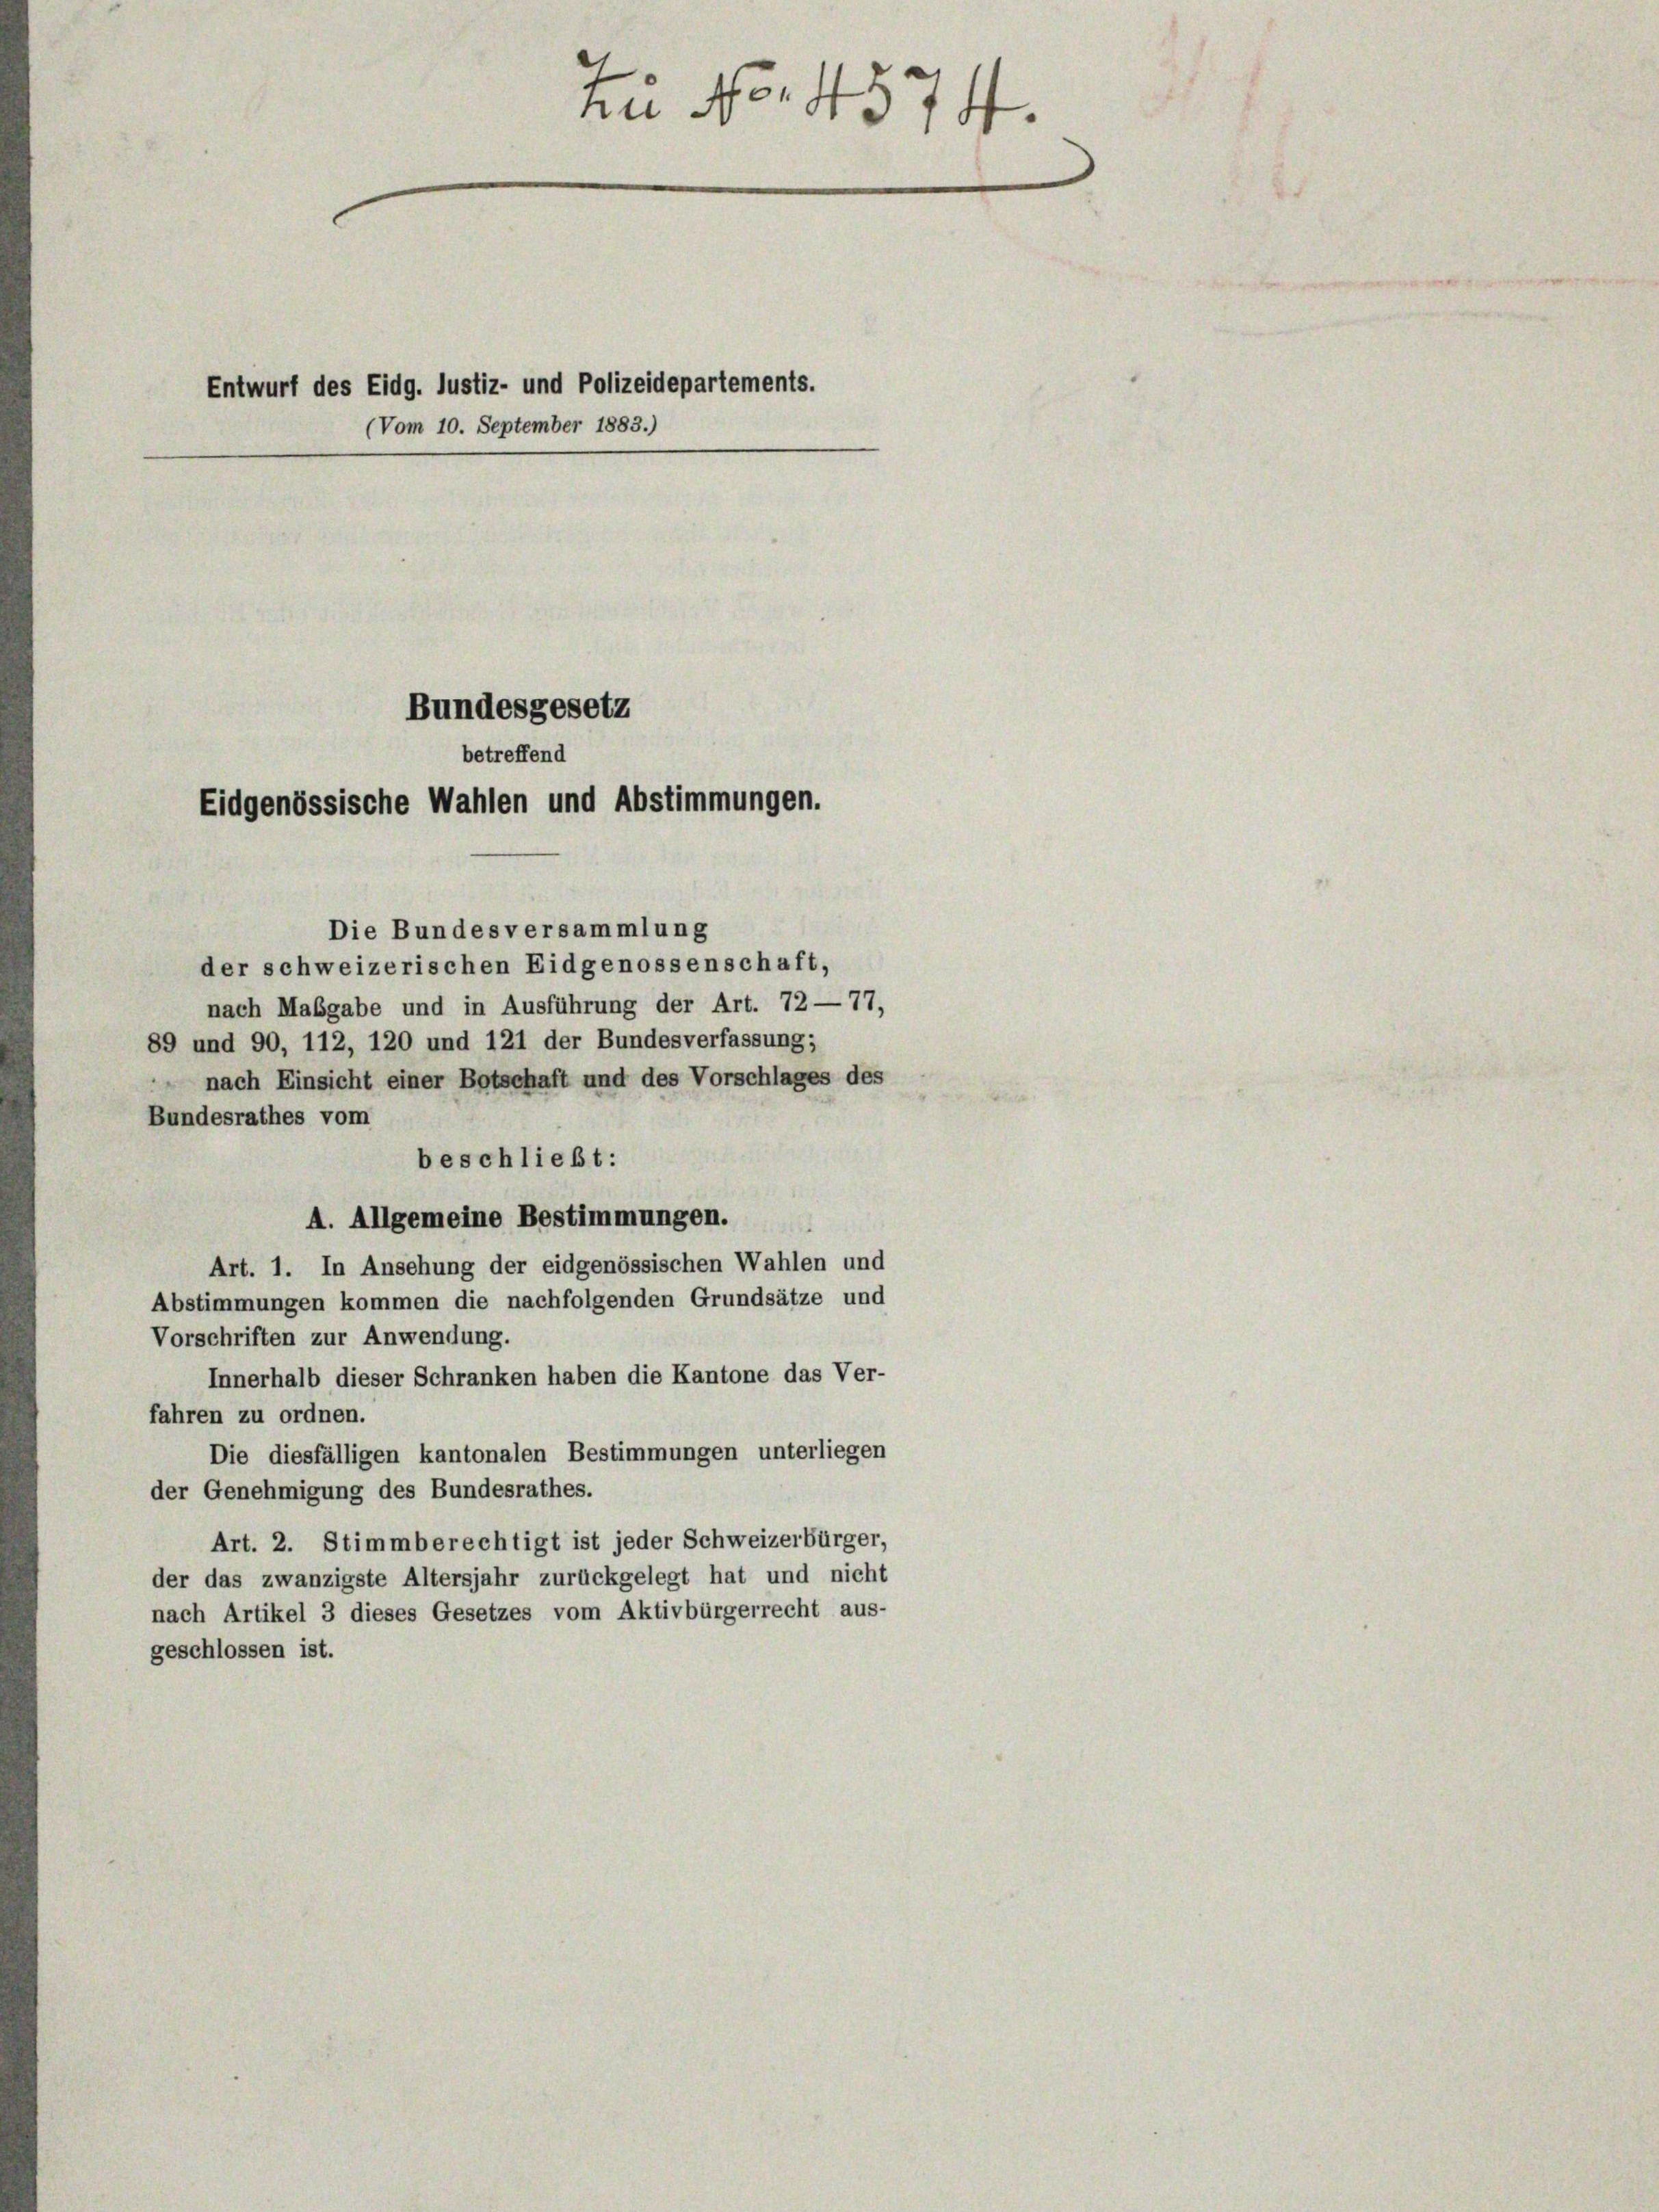
Entwurf des Eidg. Justiz- und Polizeidepartements.
(Vom 10. September 1883.)
Bundesgesetz
betreffend
Eidgenössische Wahlen und Abstimmungen.

Zu No. 4574.

Die Bundesversammlung
der schweizerischen Eidgenossenschaft,
nach Mabgabe und in Ausführung der Art. 72—77,
89 und 90, 112, 120 und 121 der Bundesverfassung;
 nach Einsicht einer Botschaft und des Vorschlages des
Bundesrathes vom
beschließt:
A. Allgemeine Bestimmungen.
Art. 1. In Ansehung der eidgenössischen Wahlen und
Abstimmungen kommen die nachfolgenden Grundsätze und
Vorschriften zur Anwendung.
Innerhalb dieser Schranken haben die Kantone das Ver-
fahren zu ordnen.
Die diesfälligen kantonalen Bestimmungen unterliegen
der Genehmigung des Bundesrathes.
Art. 2. Stimmberechtigt ist jeder Schweizerbürger,
der das zwanzigste Altersjahr zurückgelegt hat und nicht
nach Artikel 3 dieses Gesetzes vom Aktivbürgerrecht aus-
geschlossen ist.